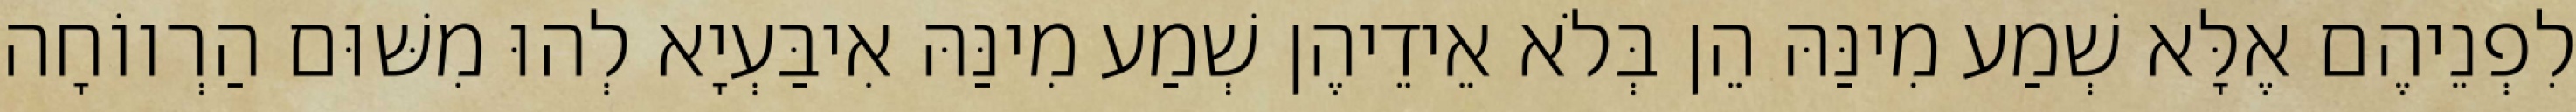
לִפְנֵיהֶם אֶלָּא שְׁמַע מִינַּהּ הֵן בְּלֹא אֵידֵיהֶן שְׁמַע מִינַּהּ אִיבַּעְיָא לְהוּ מִשּׁוּם הַרְווֹחָה